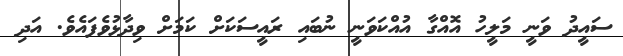
ސައީދު ވަނީ މަލީހު އޮއްގާ އުއްކަވަނީ ނުބައި ރައީސަކަަށް ކަމަށް ވިދާޅުވެފައެވެ. އަދި